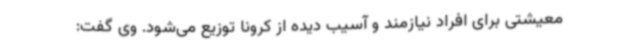
معیشتی برای افراد نیازمند و آسیب دیده از کرونا توزیع می‌شود. وی گفت: